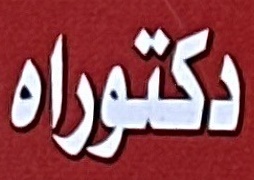
دكتوراە